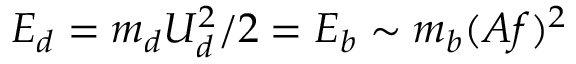
E _ { d } = m _ { d } U _ { d } ^ { 2 } / 2 = E _ { b } \sim m _ { b } ( A f ) ^ { 2 }